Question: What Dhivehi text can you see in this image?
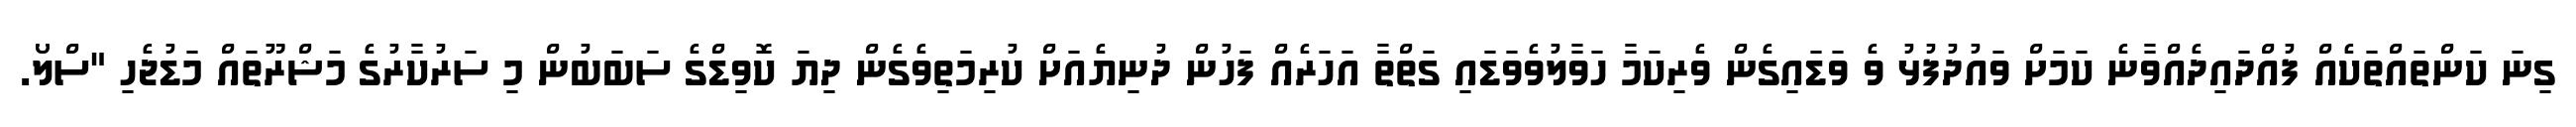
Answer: ގިނަ ކަންތައްތަކެއް ފުއްދައިދެއްވާނެ ކަމަށް ވައުދުފުޅު ވެ ވަޑައިގެން ވެރިކަމާ ހަވާލުވެވަޑައި ގަތްތާ އަހަރެއް ފަހުން ދުނިޔެއަށް ކުރިމަތިވެގެން ދިޔަ ކޮވިޑްގެ ސަބަބުން މި ސަރުކާރުގެ މަޝްރޫތައް މަޑުޖެހި "ސްލޯ.